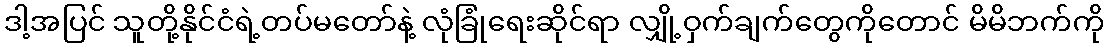
ဒါ့အပြင် သူတို့နိုင်ငံရဲ့တပ်မတော်နဲ့ လုံခြုံရေးဆိုင်ရာ လျှို့ဝှက်ချက်တွေကိုတောင် မိမိဘက်ကို